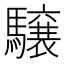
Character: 𩦪